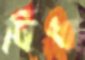
দ্বিধা